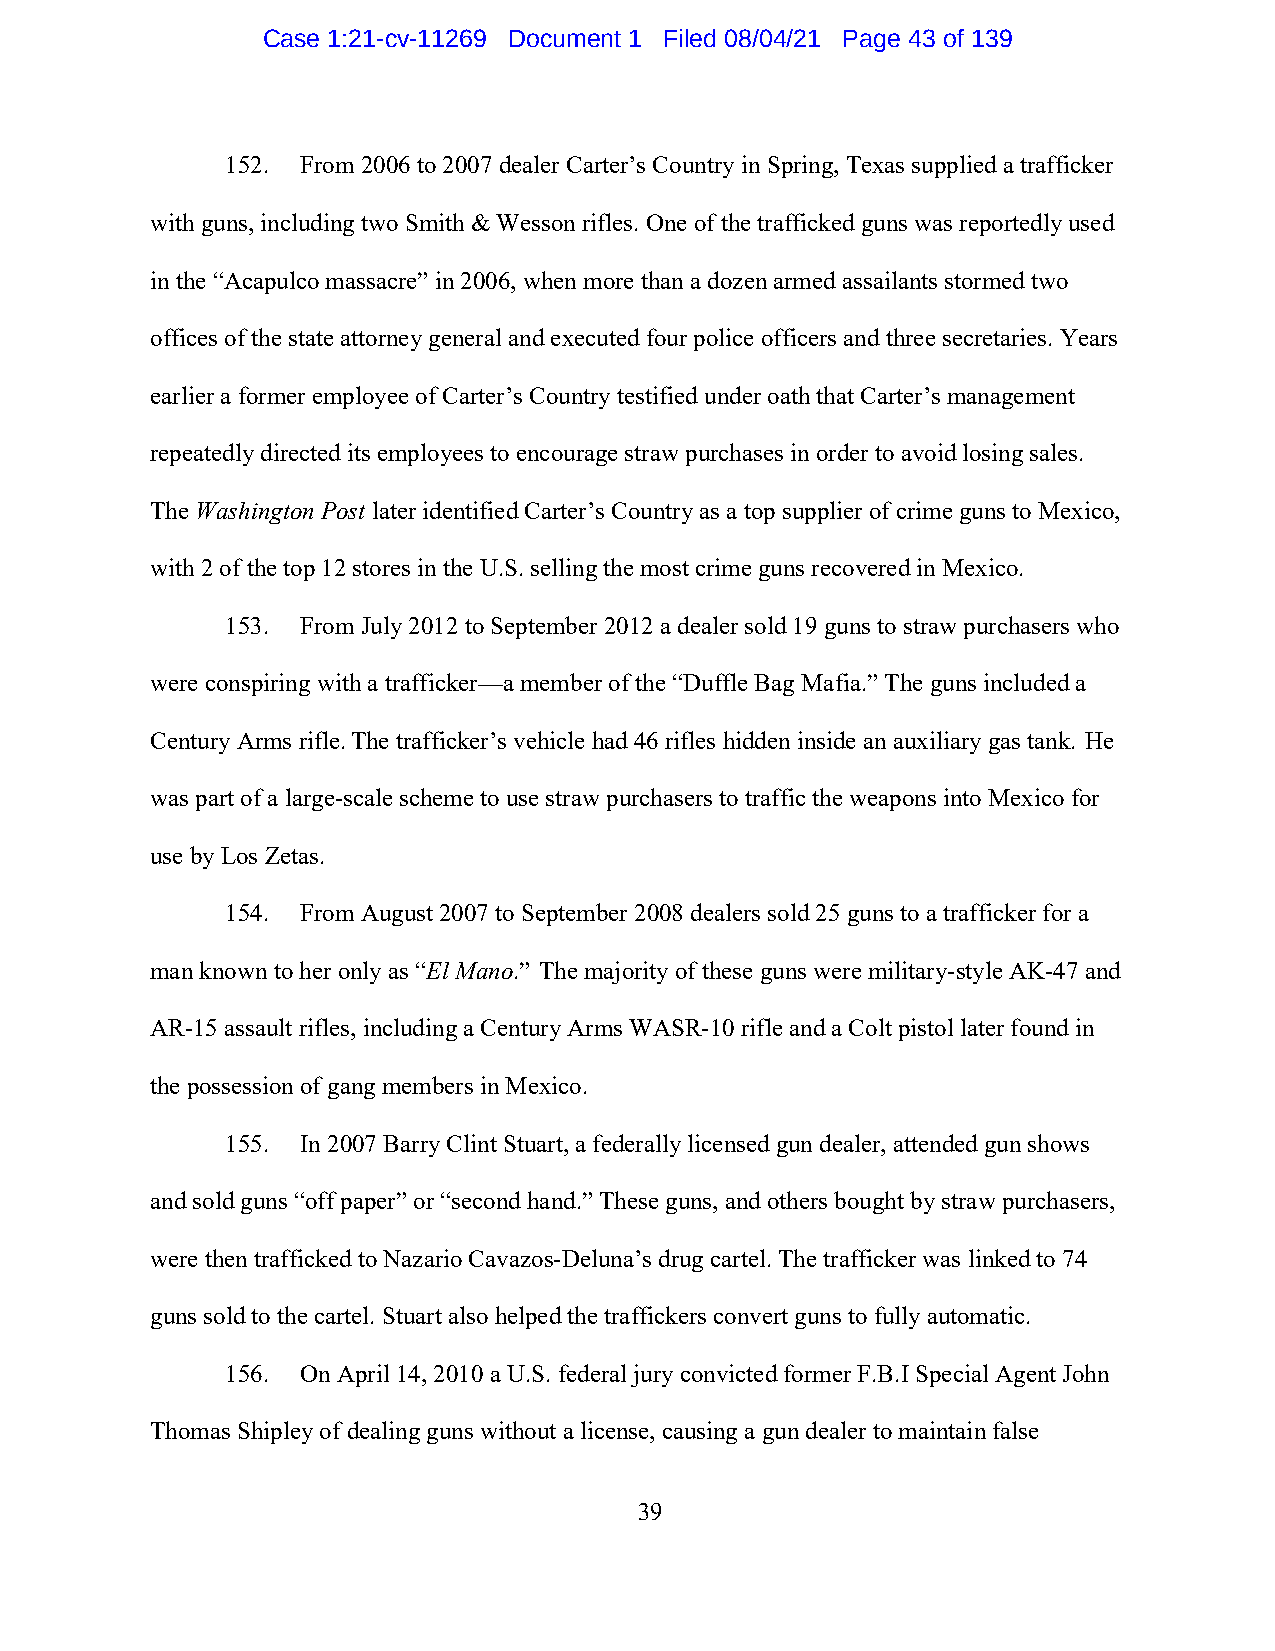
Case 1:21-cv-11269 Document 1 Filed 08/04/21 Page 43 of 139
 152. From 2006 to 2007 dealer Carter’s Country in Spring, Texas supplied a trafficker
 with guns, including two Smith & Wesson rifles. One of the trafficked guns was reportedly used
 in the “Acapulco massacre” in 2006, when more than a dozen armed assailants stormed two
 offices of the state attorney general and executed four police officers and three secretaries. Years
 earlier a former employee of Carter’s Country testified under oath that Carter’s management
 repeatedly directed its employees to encourage straw purchases in order to avoid losing sales.
 The Washington Post later identified Carter’s Country as a top supplier of crime guns to Mexico,
 with 2 of the top 12 stores in the U.S. selling the most crime guns recovered in Mexico.
 153. From July 2012 to September 2012 a dealer sold 19 guns to straw purchasers who
 were conspiring with a trafficker—a member of the “Duffle Bag Mafia.” The guns included a
 Century Arms rifle. The trafficker’s vehicle had 46 rifles hidden inside an auxiliary gas tank. He
 was part of a large-scale scheme to use straw purchasers to traffic the weapons into Mexico for
 use by Los Zetas.
 154. From August 2007 to September 2008 dealers sold 25 guns to a trafficker for a
 man known to her only as “El Mano.” The majority of these guns were military-style AK-47 and
 AR-15 assault rifles, including a Century Arms WASR-10 rifle and a Colt pistol later found in
 the possession of gang members in Mexico.
 155. In 2007 Barry Clint Stuart, a federally licensed gun dealer, attended gun shows
 and sold guns “off paper” or “second hand.” These guns, and others bought by straw purchasers,
 were then trafficked to Nazario Cavazos-Deluna’s drug cartel. The trafficker was linked to 74
 guns sold to the cartel. Stuart also helped the traffickers convert guns to fully automatic.
 156. On April 14, 2010 a U.S. federal jury convicted former F.B.I Special Agent John
 Thomas Shipley of dealing guns without a license, causing a gun dealer to maintain false
 39